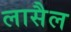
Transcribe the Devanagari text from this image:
लासैल